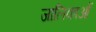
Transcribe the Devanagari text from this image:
जालिकाओं